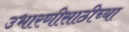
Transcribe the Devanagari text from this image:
उभारणीसाठीच्या